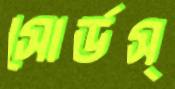
সোর্ডস্